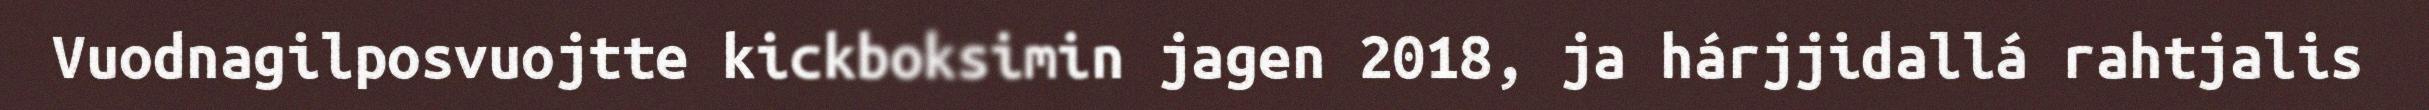
Vuodnagilposvuojtte kickboksimin jagen 2018, ja hárjjidallá rahtjalis